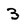
Character: 3